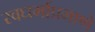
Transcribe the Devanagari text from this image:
स्वधर्माप्रमाणे